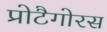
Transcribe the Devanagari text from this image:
प्रोटैगोरस